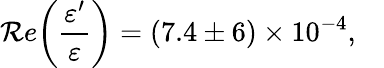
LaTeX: \mathcal{R}e\biggl(\frac{{\varepsilon^{\prime}}}{{\varepsilon}}\biggr)=(7.4\pm6)\times10^{-4},\, \, \, \, \, \,